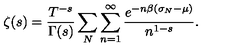
\zeta ( s ) = \frac { T ^ { - s } } { \Gamma ( s ) } \sum _ { N } \sum _ { n = 1 } ^ { \infty } \frac { e ^ { - n \beta ( \sigma _ { N } - \mu ) } } { n ^ { 1 - s } } .